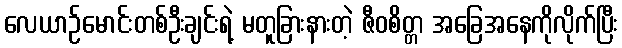
လေယာဉ်မောင်းတစ်ဦးချင်းရဲ့ မတူခြားနားတဲ့ ဇီဝစိတ္တ အခြေအနေကိုလိုက်ပြီး